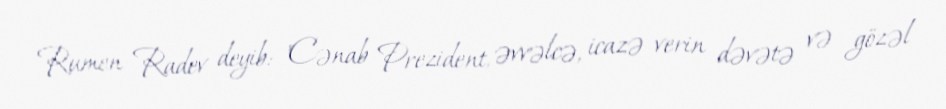
Rumen Radev deyib: "Cənab Prezident, əvvəlcə, icazə verin dəvətə və gözəl